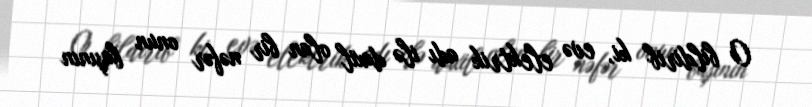
O bildirib ki, evə elektrik adı ilə daxil olan bir nəfər onun başının